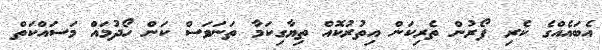
އެބައެއްގެ ކެރި ފޯރުން ތެރިކަން އިތުރުކޮއް ތިޔާގިކަމާ ތަނަވަސް ކަން ހޯދުމައް މަސައްކަތް